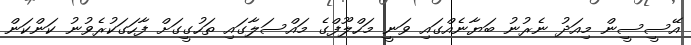
އޭސީސީން މިއަދު ނެރުނު ބަޔާނެއްގައި ވަނީ މަހްލޫފްގެ މައްސަލާގައި ތަހުގީގަށް ފާހަގަކުރެވުނު ކަންކަން